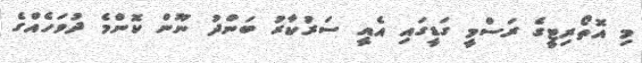
މި އޮތޯރިޓީގެ ރަސްމީ ގަޑީގައި އެއީ ސަރުކާރު ބަންދު ނޫން ކޮންމެ ދުވަހެއްގެ